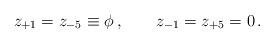
LaTeX: \begin{align*}z_{+1} = z_{-5} \equiv \phi \, , \qquad z_{-1} = z_{+5} = 0 \, . \end{align*}